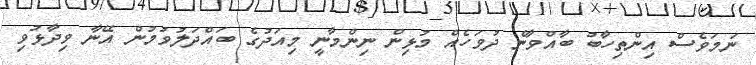
ނަމަވެސް އިންތިހާބު ބާއްވާނެ ދުވަހެއް މުޅިން ނިންމާނީ މިއަދުގެ ބައްދަލުވުމުން އޭނާ ވިދާޅުވި